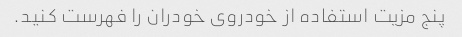
پنج مزیت استفاده از خودروی خودران را فهرست کنید.